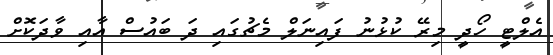
އެލްޓީ ހޯދީ މިރޭ ކުޅުނު ފައިނަލް މެޗުގައި ދަ ބައުސް އާއި ވާދަކޮށް